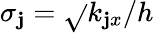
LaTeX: \sigma_{\mathbf{j}}=\sqrt{}{{k_{\mathbf{j}x}}}/h